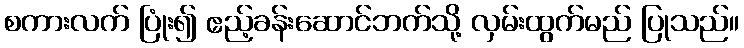
စကားလက် ပြုံး၍ ဧည့်ခန်းဆောင်ဘက်သို့ လှမ်းထွက်မည် ပြုသည်။